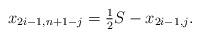
LaTeX: \begin{align*} x_{2i-1,n+1-j} = \tfrac{1}{2} S- x_{2i-1,j}.\end{align*}